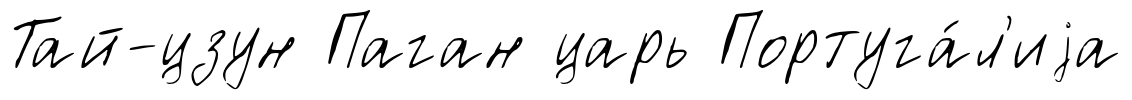
Тай-цзун Паган царь Португа́л'иjа